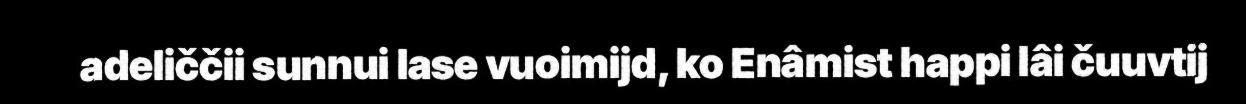
adeliččii sunnui lase vuoimijd, ko Enâmist happi lâi čuuvtij